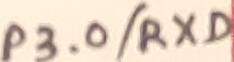
Text: P3.0/RXD